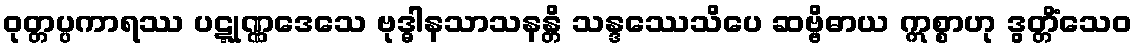
ဝုတ္တပ္ပကာရဿ ပဋ္ဋုဏ္ဏဒေသေ ဗုဒ္ဓါနသာသနန္တိ သန္ဒဿေသိပေ ဆဗ္ဗိဓာယ ဣစ္စာဟု ဒွတ္တိံသေဝ